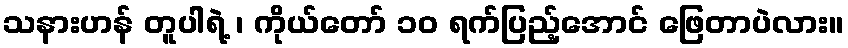
သနားဟန် တူပါရဲ့ ၊ ကိုယ်တော် ၁၀ ရက်ပြည့်အောင် ဖြေတာပဲလား။